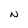
Character: N